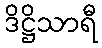
ဒိဋ္ဌိသာရီ